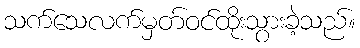
သက်သေလက်မှတ်ဝင်ထိုးသွားခဲ့သည်။